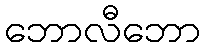
ဘောလီဘော